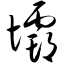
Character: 坝